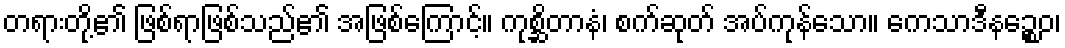
တရားတို့၏ ဖြစ်ရာဖြစ်သည်၏ အဖြစ်ကြောင့်။ ကုစ္ဆိတာနံ၊ စက်ဆုတ် အပ်ကုန်သော။ ကေသာဒီနဉ္စေဝ၊